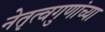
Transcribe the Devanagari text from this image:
नेतृत्वगुणांच्या